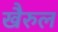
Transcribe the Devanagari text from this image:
खैरुल